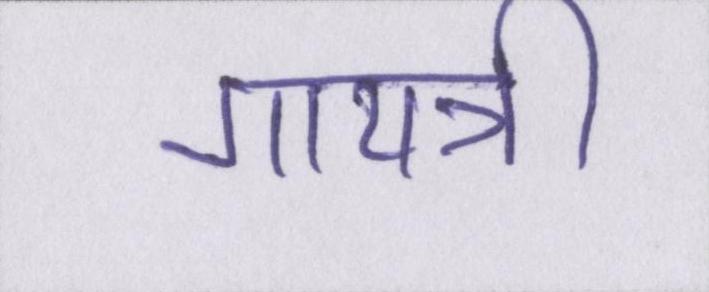
गायत्री